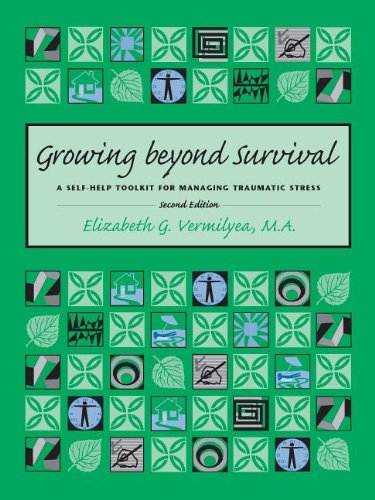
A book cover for Growing Beyond Survival: A Self-Help Toolkit for Managing Traumatic Stress, Second Edition; Elizabeth G. Vermilyea; Self-Help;